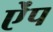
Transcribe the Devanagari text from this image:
ऐंप